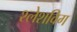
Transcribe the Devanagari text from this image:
श्लेशविग